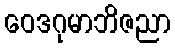
ဝေဒဂုမာဘိဇညာ